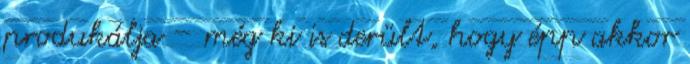
produkálja – még ki is derült, hogy épp akkor